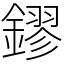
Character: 鏐